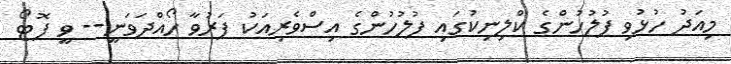
މިއަދު ހުޅުވި ފުލުހުންގެ ކްލިނިކުގައި ފުލުހުންގެ އިސްވެރިއަކު ފަރުވާ ހޯއްދަވަނީ-- ވީ ފޮޓޯ